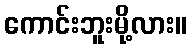
ကောင်းဘူးမို့လား။